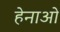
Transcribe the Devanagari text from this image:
हेनाओ